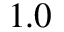
1 . 0